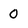
Character: 0